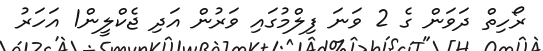
ރޯހިތް ދަވަން ގެ 2 ވަނަ ފިލްމުގައި ވަރުން އަދި ޖެކްލީން1 އަހަރު